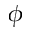
\phi